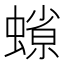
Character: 𧐑